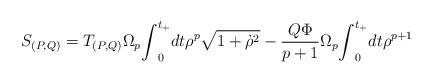
LaTeX: \begin{align*}S_{(P,Q)}=T_{(P,Q)}{\Omega}_{p} {\int}_{0}^{t_{+}}dt {\rho}^{p}\sqrt {1+{\dot {\rho}}^{2}} -\frac{Q{\Phi}}{p+1} {\Omega}_{p} {\int}_{0}^{t_{+}}dt {\rho}^{p+1}\end{align*}